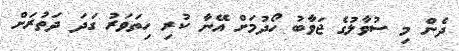
ދެން މި ސުވާލުގެ ޖަވާބު ހޯދުމަށް އޭނާ ކުރި ހިތަވަރު ގަދަ ދަތުރަށް